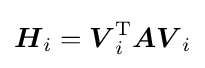
{\boldsymbol {H}}_{i}={\boldsymbol {V}}_{i}^{\mathrm {T} }{\boldsymbol {AV}}_{i}